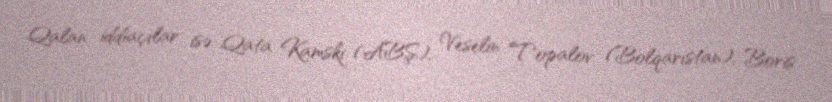
Qalan iddiaçılar isə Qata Kamski (ABŞ), Veselin Topalov (Bolqarıstan), Boris